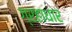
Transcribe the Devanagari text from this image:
ग्रहाधार